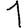
Digit: 1